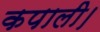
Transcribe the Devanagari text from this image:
कपाली।